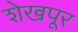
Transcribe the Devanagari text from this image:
शेखपूर